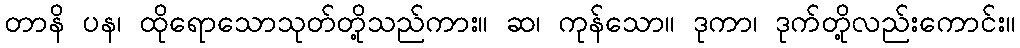
တာနိ ပန၊ ထိုရောသောသုတ်တို့သည်ကား။ ဆ၊ ကုန်သော။ ဒုကာ၊ ဒုက်တို့လည်းကောင်း။